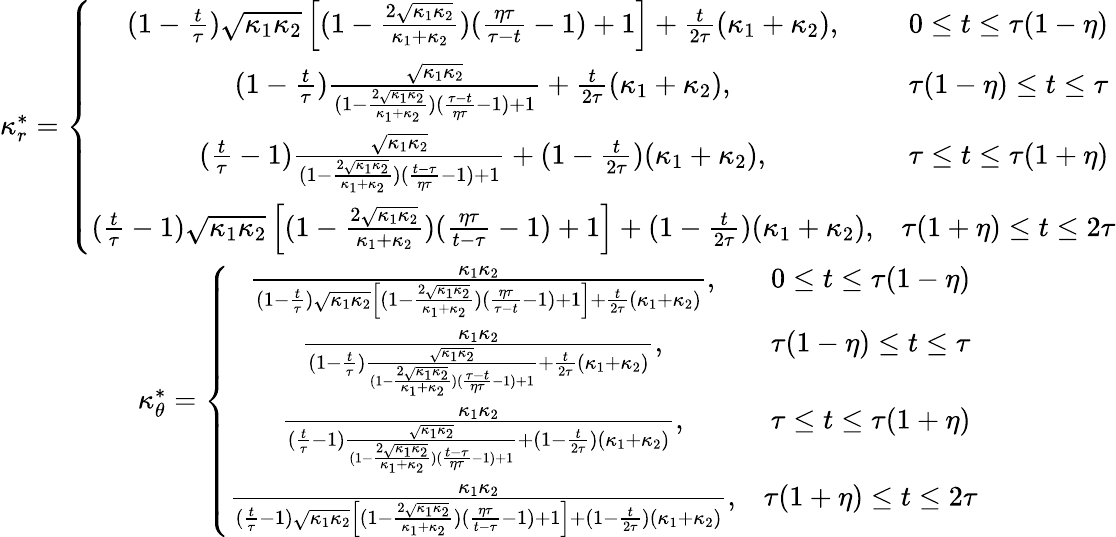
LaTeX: \begin{array}{cc}{\kappa_{r}^{*}=\left\lbrace\begin{array}{cc}{(1-\frac{t}{\tau})\sqrt{\kappa_{1}\kappa_{2}}\left[(1-\frac{2\sqrt{\kappa_{1}\kappa_{2}}}{\kappa_{1}+\kappa_{2}})(\frac{\eta\tau}{\tau-t}-1)+1\right]+\frac{t}{2\tau}(\kappa_{1}+\kappa_{2}),}&{0\le t\le\tau(1-\eta)}\\ {(1-\frac{t}{\tau})\frac{\sqrt{\kappa_{1}\kappa_{2}}}{(1-\frac{2\sqrt{\kappa_{1}\kappa_{2}}}{\kappa_{1}+\kappa_{2}})(\frac{\tau-t}{\eta\tau}-1)+1}+\frac{t}{2\tau}(\kappa_{1}+\kappa_{2}),}&{\tau(1-\eta)\le t\le\tau}\\ {(\frac{t}{\tau}-1)\frac{\sqrt{\kappa_{1}\kappa_{2}}}{(1-\frac{2\sqrt{\kappa_{1}\kappa_{2}}}{\kappa_{1}+\kappa_{2}})(\frac{t-\tau}{\eta\tau}-1)+1}+(1-\frac{t}{2\tau})(\kappa_{1}+\kappa_{2}),}&{\tau\le t\le\tau(1+\eta)}\\ {(\frac{t}{\tau}-1)\sqrt{\kappa_{1}\kappa_{2}}\left[(1-\frac{2\sqrt{\kappa_{1}\kappa_{2}}}{\kappa_{1}+\kappa_{2}})(\frac{\eta\tau}{t-\tau}-1)+1\right]+(1-\frac{t}{2\tau})(\kappa_{1}+\kappa_{2}),}&{\tau(1+\eta)\le t\le 2\tau}\end{array}\right.}\\ {\kappa_{\theta}^{*}=\left\lbrace\begin{array}{cc}{\frac{\kappa_{1}\kappa_{2}}{(1-\frac{t}{\tau})\sqrt{\kappa_{1}\kappa_{2}}\left[(1-\frac{2\sqrt{\kappa_{1}\kappa_{2}}}{\kappa_{1}+\kappa_{2}})(\frac{\eta\tau}{\tau-t}-1)+1\right]+\frac{t}{2\tau}(\kappa_{1}+\kappa_{2})},}&{0\le t\le\tau(1-\eta)}\\ {\frac{\kappa_{1}\kappa_{2}}{(1-\frac{t}{\tau})\frac{\sqrt{\kappa_{1}\kappa_{2}}}{(1-\frac{2\sqrt{\kappa_{1}\kappa_{2}}}{\kappa_{1}+\kappa_{2}})(\frac{\tau-t}{\eta\tau}-1)+1}+\frac{t}{2\tau}(\kappa_{1}+\kappa_{2})},}&{\tau(1-\eta)\le t\le\tau}\\ {\frac{\kappa_{1}\kappa_{2}}{(\frac{t}{\tau}-1)\frac{\sqrt{\kappa_{1}\kappa_{2}}}{(1-\frac{2\sqrt{\kappa_{1}\kappa_{2}}}{\kappa_{1}+\kappa_{2}})(\frac{t-\tau}{\eta\tau}-1)+1}+(1-\frac{t}{2\tau})(\kappa_{1}+\kappa_{2})},}&{\tau\le t\le\tau(1+\eta)}\\ {\frac{\kappa_{1}\kappa_{2}}{(\frac{t}{\tau}-1)\sqrt{\kappa_{1}\kappa_{2}}\left[(1-\frac{2\sqrt{\kappa_{1}\kappa_{2}}}{\kappa_{1}+\kappa_{2}})(\frac{\eta\tau}{t-\tau}-1)+1\right]+(1-\frac{t}{2\tau})(\kappa_{1}+\kappa_{2})},}&{\tau(1+\eta)\le t\le 2\tau}\end{array}\right.}\end{array}